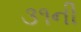
૩૧ની